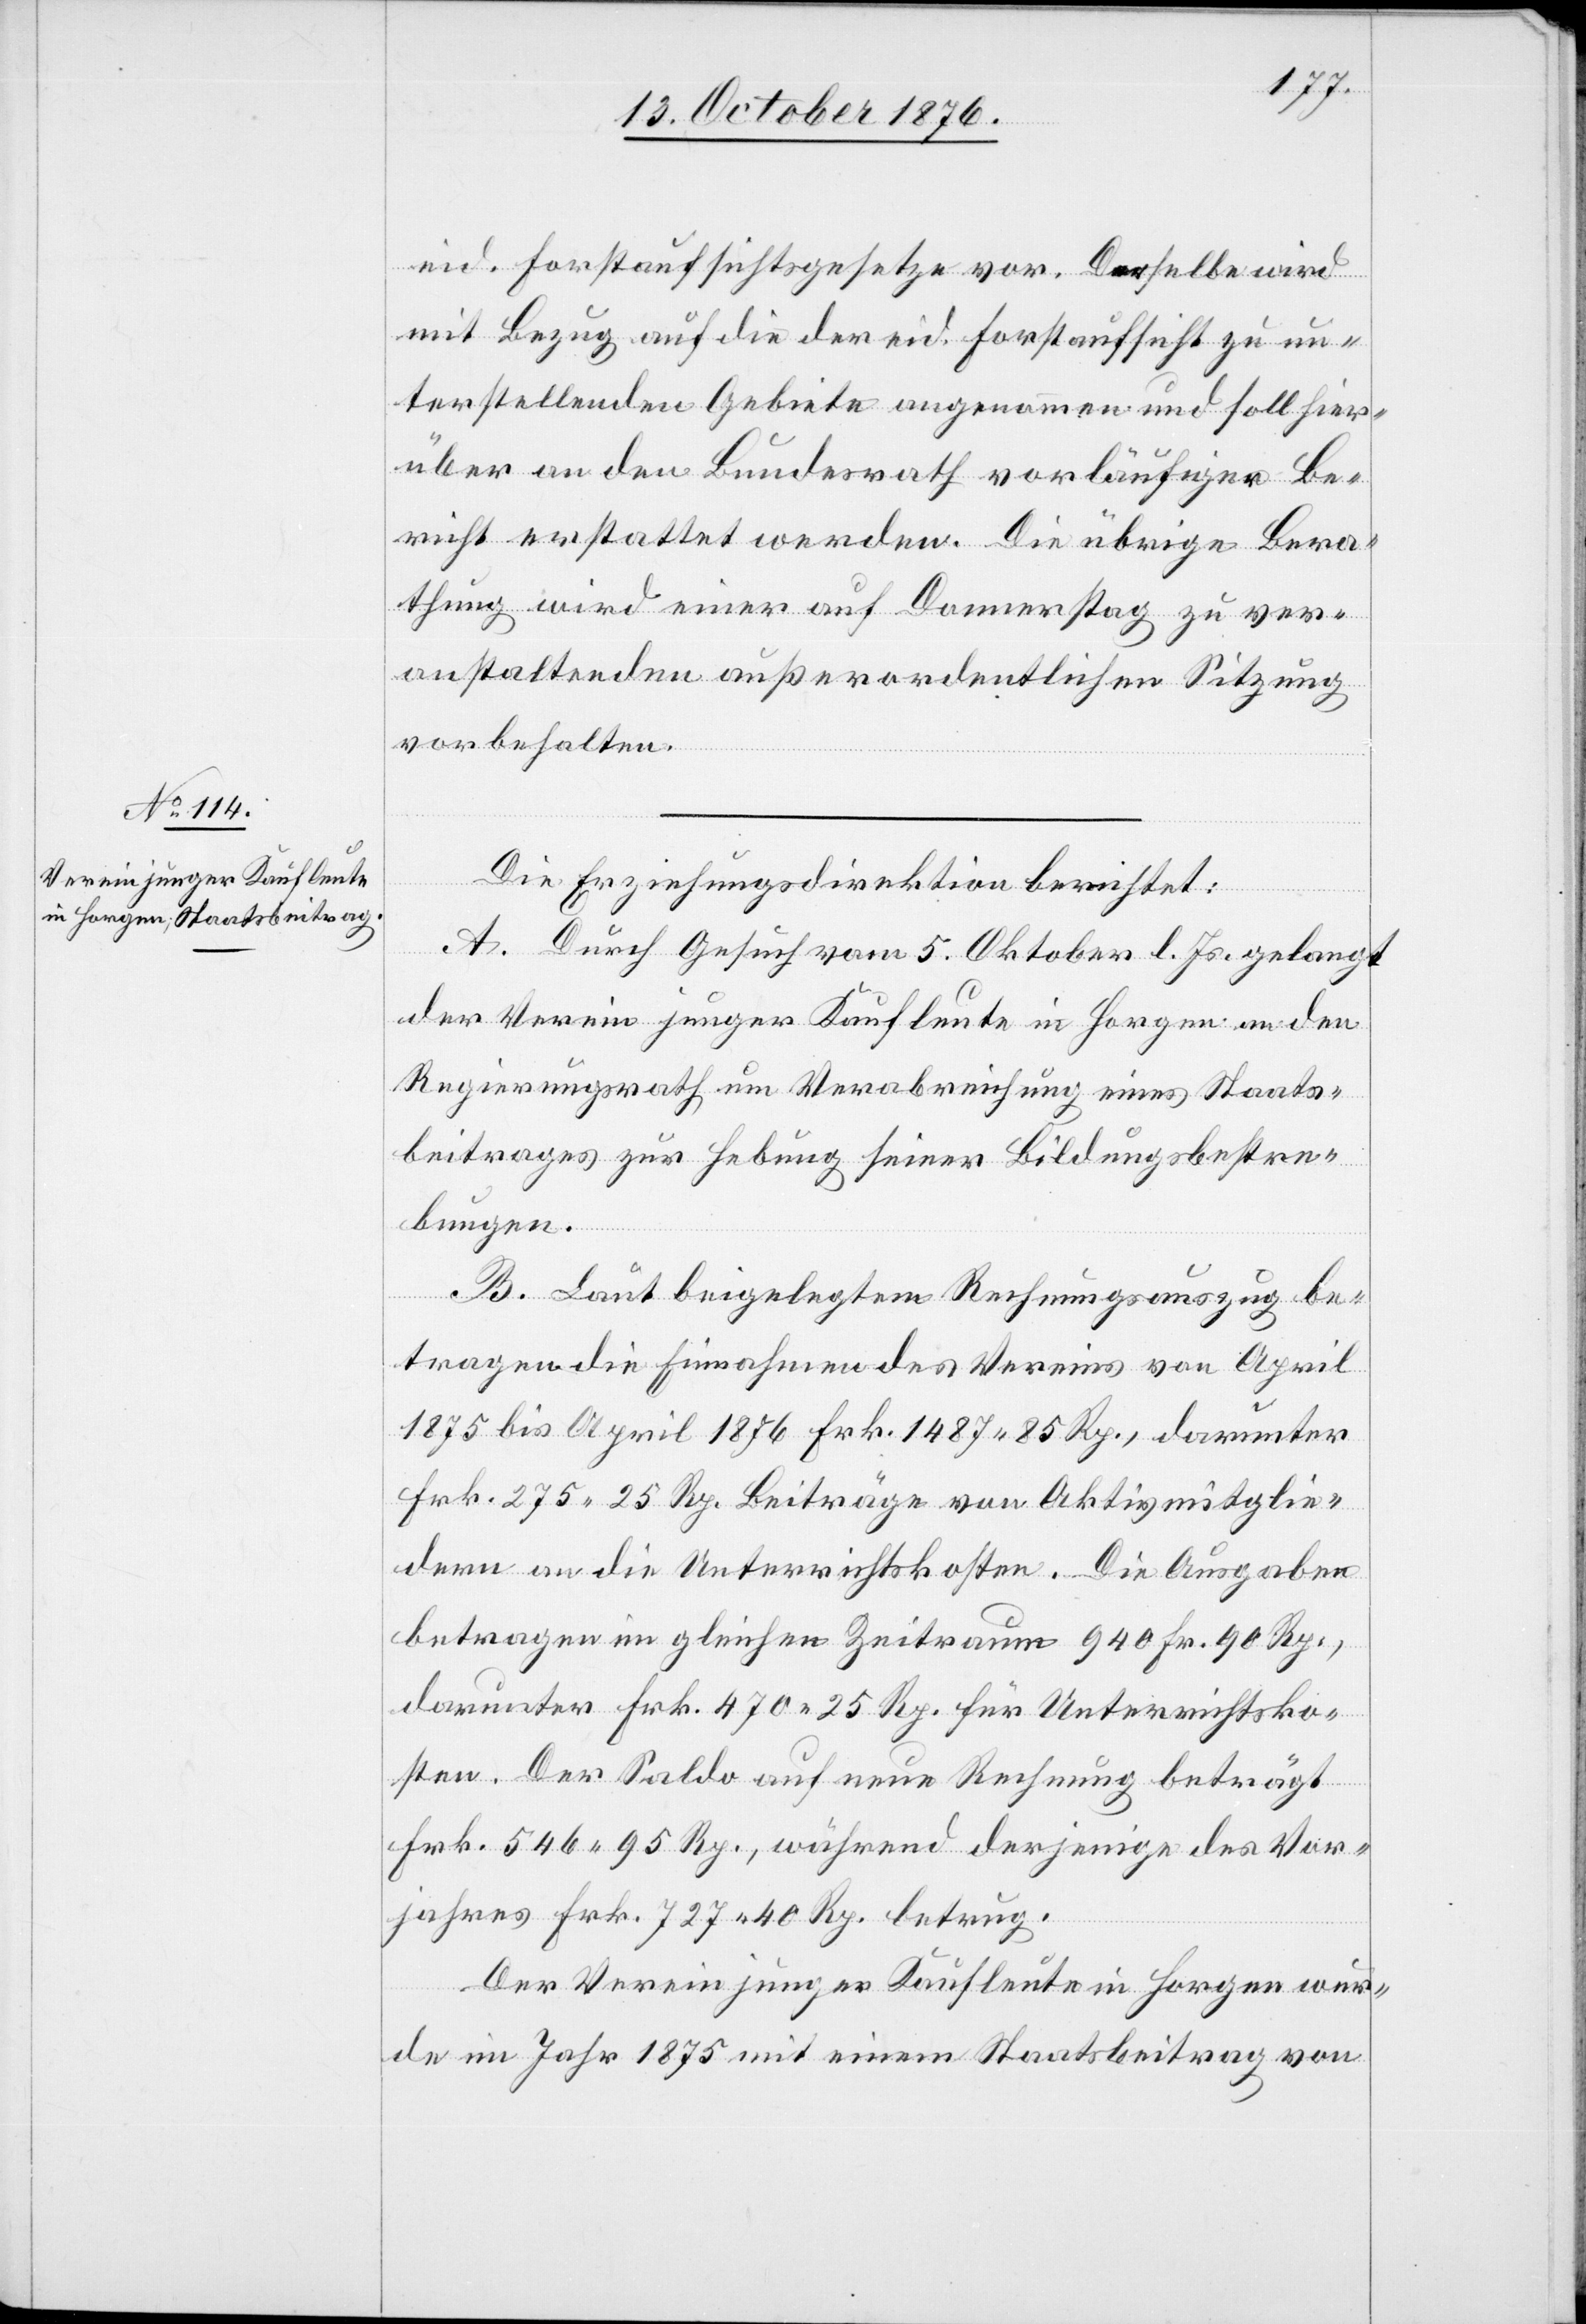
eid. Forstaufsichtsgesetze vor. Dasselbe wird
mit Bezug auf die der eid. Forstaufsicht zu un¬
terstellenden Gebiete angenommen und soll hier¬
über an den Bundesrath vorläufiger Be¬
richt erstattet werden. Die übrige Bera¬
thung wird einer auf Donnerstag zu ver¬
anstaltenden außerordentlichen Sitzung
vorbehalten.
Die Erziehungsdirektion berichtet:
A. Durch Gesuch vom 5. Oktober l. Js. gelangt
der Verein junger Kaufleute in Horgen an den
Regierungsrath um Verabreichung eines Staats¬
beitrages zur Hebung seiner Bildungsbestre¬
bungen.
sko¬
B. Laut beigelegtem Rechnungsauszug be¬
tragen die Einnahmen des Vereins von April
1875 bis April 1876 Frk. 1487 85 Rp., darunter
sten. Der Saldo auf neue Rechnung beträgt
Frk. 546 95 Rp. während derjenige des Vor¬
jahres Frk. 727 40 Rp. betrug.
Der Verein junger Kaufleute in Horgen wur¬
de im Jahr 1875 mit einem Staatsbeitrag von